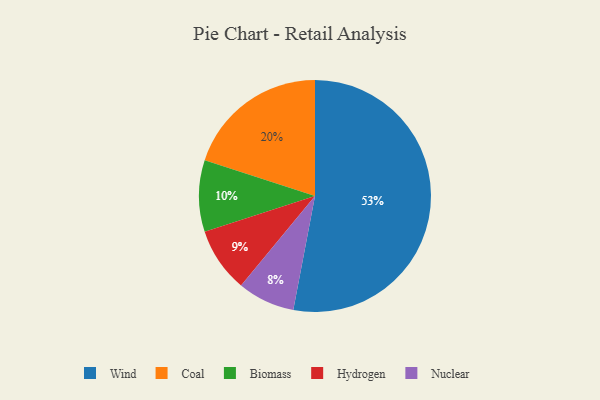
{"axis": {"x": "Category", "y": "Percentage"}, "legend": ["Biomass", "Coal", "Hydrogen", "Nuclear", "Wind"], "data": [{"x": "Biomass", "y": 10, "type": "Biomass"}, {"x": "Hydrogen", "y": 9, "type": "Hydrogen"}, {"x": "Coal", "y": 20, "type": "Coal"}, {"x": "Nuclear", "y": 8, "type": "Nuclear"}, {"x": "Wind", "y": 53, "type": "Wind"}]}